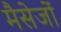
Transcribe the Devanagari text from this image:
मैसेजों